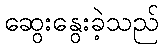
ဆွေးနွေးခဲ့သည်